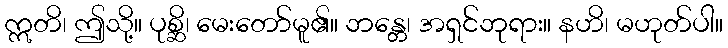
ဣတိ၊ ဤသို့။ ပုစ္ဆိ၊ မေးတော်မူ၏။ ဘန္တေ၊ အရှင်ဘုရား။ နဟိ၊ မဟုတ်ပါ။